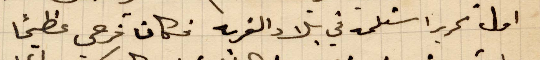
اول تحرير استلمه في بلاد الغربة فكان فرحي عظيمًا